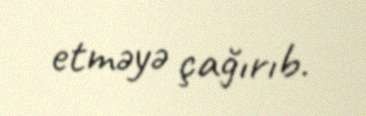
etməyə çağırıb.